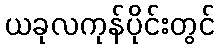
ယခုလကုန်ပိုင်းတွင်